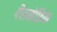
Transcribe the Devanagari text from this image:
पैरानेफ्रिक